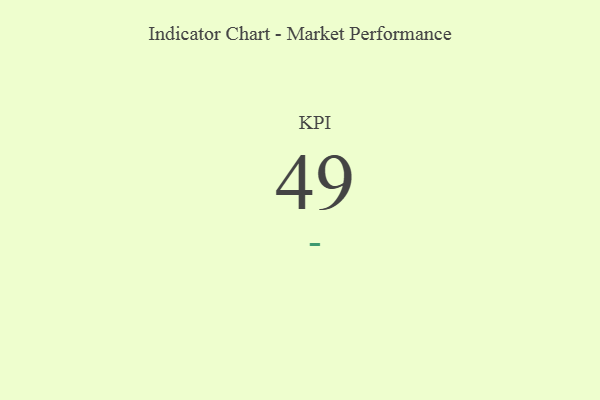
{"axis": {"x": "KPI", "y": "Value"}, "legend": [""], "data": [{"x": "KPI", "y": 49, "type": ""}]}